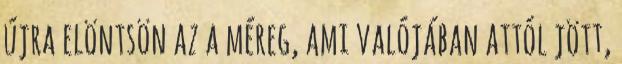
újra elöntsön az a méreg, ami valójában attól jött,